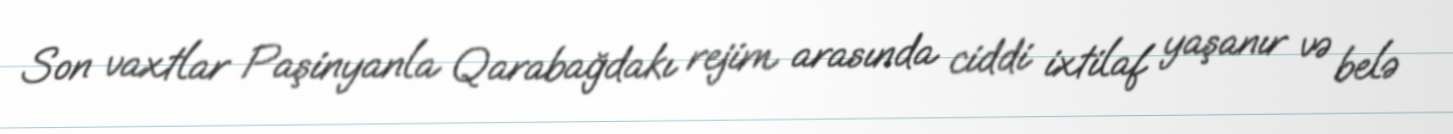
Son vaxtlar Paşinyanla Qarabağdakı rejim arasında ciddi ixtilaf yaşanır və belə